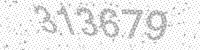
Solution: 313679